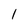
Character: I